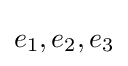
e_{1},e_{2},e_{3}